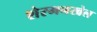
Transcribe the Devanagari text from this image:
शेरमनखेल